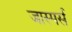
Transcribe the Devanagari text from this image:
जास्पर्स